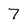
Character: 7